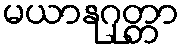
မယာနုဂုတ္တာ